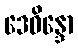
ဒေဝိန္ဒော